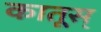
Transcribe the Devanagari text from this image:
कातूस्